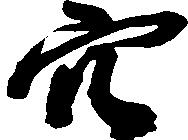
穴